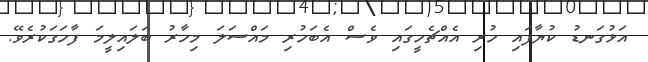
އަޅުގަނޑު ކުޔާފައި ހުރި އެއްޗެހީގައި ވެސް އެބަހުރި މައްސަލަ މިހާރު ބަލައިލީމަ ފާހަގަކުރެވޭ.